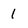
Character: 1